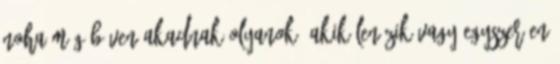
noha még bőven akadnak olyanok, akik lenézik vagy egyszerűen